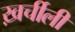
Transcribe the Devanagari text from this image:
ख़र्चीली